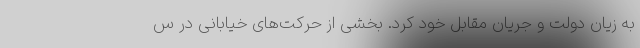
به زیان دولت و جریان مقابل خود کرد. بخشی از حرکت‌های خیابانی در س